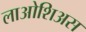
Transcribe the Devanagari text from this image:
लाओशिअस